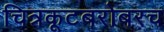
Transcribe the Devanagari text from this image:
चित्रकूटबरोबरच